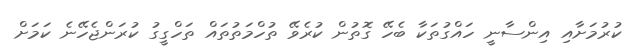
ކުރުމަށާއި އިންސާނީ ހައްގުތަކާ ބެހޭ ގޮތުން ކުރެވޭ ތުހްމަތުތައް ތަހްގީގު ކުރަންޖެހޭނެ ކަމަށް